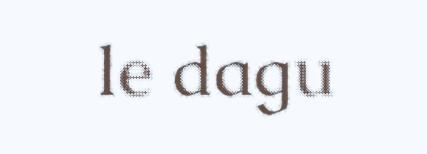
le dagu